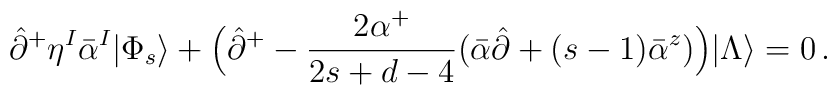
\hat{\partial}^+\eta^I\bar{\alpha}^I|\Phi_s\rangle+\Bigl(\hat{\partial}^+-\frac{2\alpha^+}{2s+d-4}(\bar{\alpha}\hat{\partial}+(s-1)\bar{\alpha}^z)\Bigr)|\Lambda\rangle=0\,.